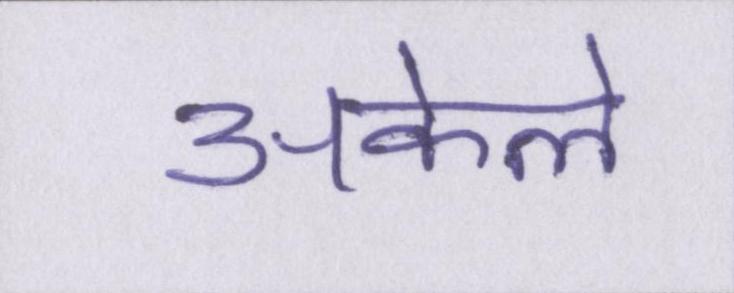
अकेले